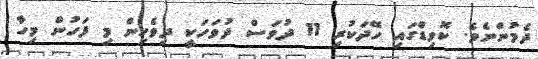
ދެމުންނެވެ. ކޮވިޑްގައި ހޭދަކުރި 11 ދުވަސް ދުވަހަކީ ދިވެހިން މި ފަހުން މިހާ